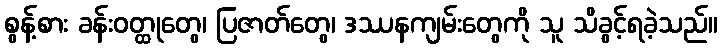
စွန့်စား ခန်းဝတ္ထုတွေ၊ ပြဇာတ်တွေ၊ ဒဿနကျမ်းတွေကို သူ သိခွင့်ရခဲ့သည်။